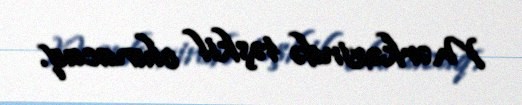
Mərkəzində təşkil olunacaq.